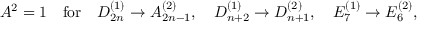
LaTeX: A ^ { 2 } = 1 \quad \mathrm { f o r } \quad D _ { 2 n } ^ { ( 1 ) } \to A _ { 2 n - 1 } ^ { ( 2 ) } , \quad D _ { n + 2 } ^ { ( 1 ) } \to D _ { n + 1 } ^ { ( 2 ) } , \quad E _ { 7 } ^ { ( 1 ) } \to E _ { 6 } ^ { ( 2 ) } ,